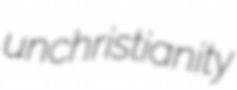
unchristianity